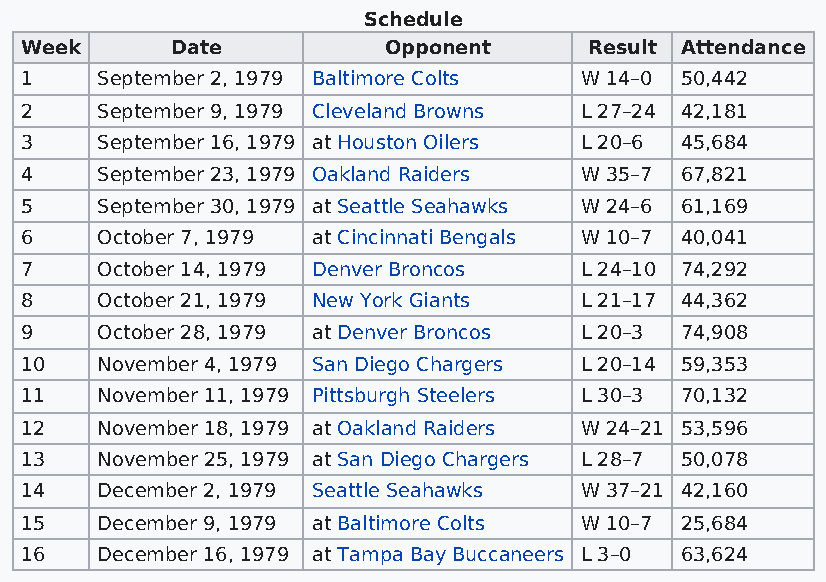
Schedule
 Week      Date          Opponent      Result Attendance
 1    September 2, 1979 Baltimore Colts W 14–0 50,442
 2    September 9, 1979 Cleveland Browns L 27–24 42,181
 3    September 16, 1979 at Houston Oilers L 20–6 45,684
 4    September 23, 1979 Oakland Raiders W 35–7 67,821
 5    September 30, 1979 at Seattle Seahawks W 24–6 61,169
 6    October 7, 1979 at Cincinnati Bengals W 10–7 40,041
 7    October 14, 1979 Denver Broncos L 24–10 74,292
 8    October 21, 1979 New York Giants L 21–17 44,362
 9    October 28, 1979 at Denver Broncos L 20–3 74,908
 10   November 4, 1979 San Diego Chargers L 20–14 59,353
 11   November 11, 1979 Pittsburgh Steelers L 30–3 70,132
 12   November 18, 1979 at Oakland Raiders W 24–21 53,596
 13   November 25, 1979 at San Diego Chargers L 28–7 50,078
 14   December 2, 1979 Seattle Seahawks W 37–21 42,160
 15   December 9, 1979 at Baltimore Colts W 10–7 25,684
 16   December 16, 1979 at Tampa Bay Buccaneers L 3–0 63,624